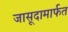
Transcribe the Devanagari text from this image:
जासूदामार्फत